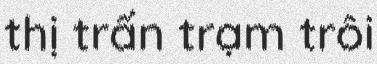
thị trấn trạm trôi